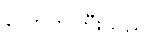
လောကကြီးသည်